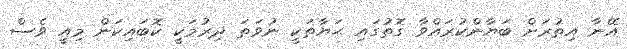
އޭނާ އިތުރަށް ބަޔާންކުރައްވާ ގޮތުގައި ޙަޔާތަކީ ނުވަތަ ދިރުމަކީ ކޮބައިކަން މިއީ ވެސް